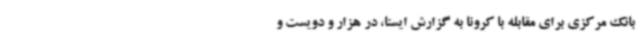
بانک مرکزی برای مقابله با کرونا به گزارش ایسنا، در هزار و دویست و